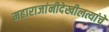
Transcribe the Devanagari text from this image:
महाराजांनीदेखीलत्यांचे